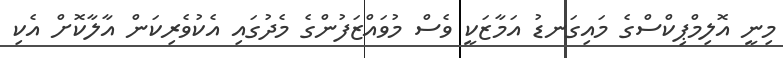
މިނީ އޮލިމްޕިކްސްގެ މައިގަނޑު އަމާޒަކީ ވެސް މުވައްޒަފުންގެ މެދުގައި އެކުވެރިކަން އާލާކޮށް އެކި